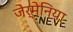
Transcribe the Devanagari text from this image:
जेर्मेनिया